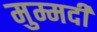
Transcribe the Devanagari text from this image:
मुम्मदी